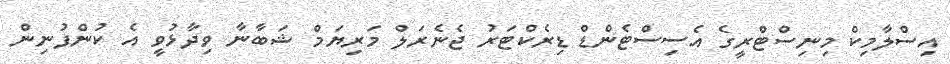
އިސްލާމިކް މިިނިސްޓްރީގެ އެސިސްޓެންޑް ޑިރެކްޓަރު ޖެނެރަލް މަރިޔަމް ޝަބާނާ ވިދާޅުވީ އެ ކުންފުނިން